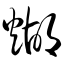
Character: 煳